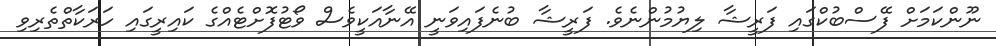
ނޫންކަމަށް ފޭސްބުކްގައި ފަރީޝާ ލިޔުމުންނެވެ. ފަރީޝާ ބުނެފައިވަނީ އޭނާއަކީވެސް ވޯޓުފޮށްޓެއްގެ ކައިރީގައި ހަރަކާތްތެރިވި